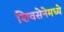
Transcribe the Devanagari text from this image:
शिवसेनेमध्ये